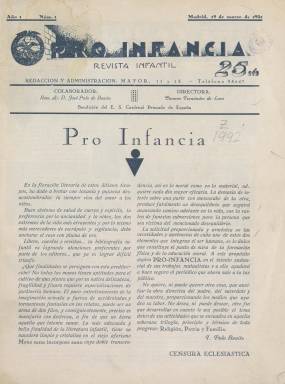
Título: Pro infancia (Madrid)
Colección: Educación
Ámbito geográfico: Madrid
Lugar de publicación: Madrid
Fechas: 19/03/1931-31/12/1931